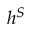
h ^ { S }